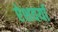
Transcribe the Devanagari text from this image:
ऐशवर्या